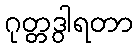
ဂုတ္တဒွါရတာ